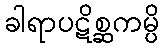
ခါရာပဋိစ္ဆကမ္ပိ